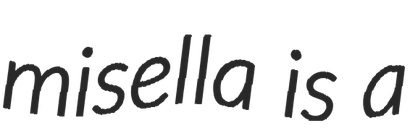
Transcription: misella is a